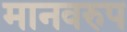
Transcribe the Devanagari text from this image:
मानवरुप